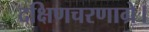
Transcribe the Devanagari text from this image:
दक्षिणचरणाग्रे।